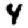
Digit: 4